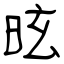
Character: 昡